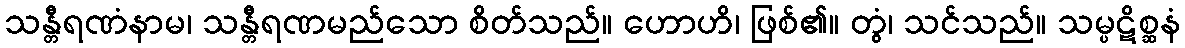
သန္တီရဏံနာမ၊ သန္တီရဏမည်သော စိတ်သည်။ ဟောဟိ၊ ဖြစ်၏။ တွံ၊ သင်သည်။ သမ္ပဋိစ္ဆနံ